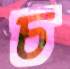
চ